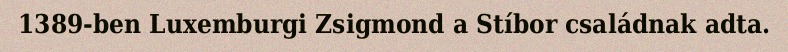
1389-ben Luxemburgi Zsigmond a Stíbor családnak adta.